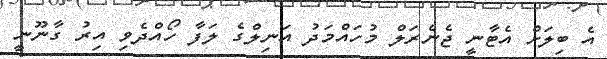
އެ ބިލަށް އެޓާނީ ޖެނެރަލް މުހައްމަދު އަނިލްގެ ލަފާ ހޯއްދެވި އިރު ގާނޫނީ